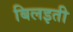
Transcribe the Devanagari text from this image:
बिलइती